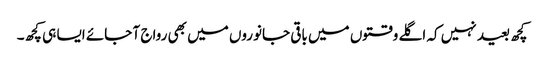
کچھ بعید نہیں کہ اگلے وقتوں میں باقی جانوروں میں بھی رواج آ جائے ایسا ہی کچھ۔